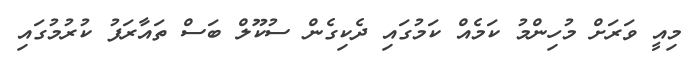
މިއީ ވަރަށް މުހިންމު ކަމެއް ކަމުގައި ދެކިގެން ސުކޫލް ބަސް ތައާރަފު ކުރުމުގައި